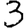
Digit: 3